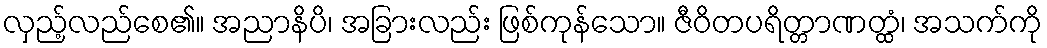
လှည့်လည်စေ၏။ အညာနိပိ၊ အခြားလည်း ဖြစ်ကုန်သော။ ဇီဝိတပရိတ္တာဏတ္ထံ၊ အသက်ကို